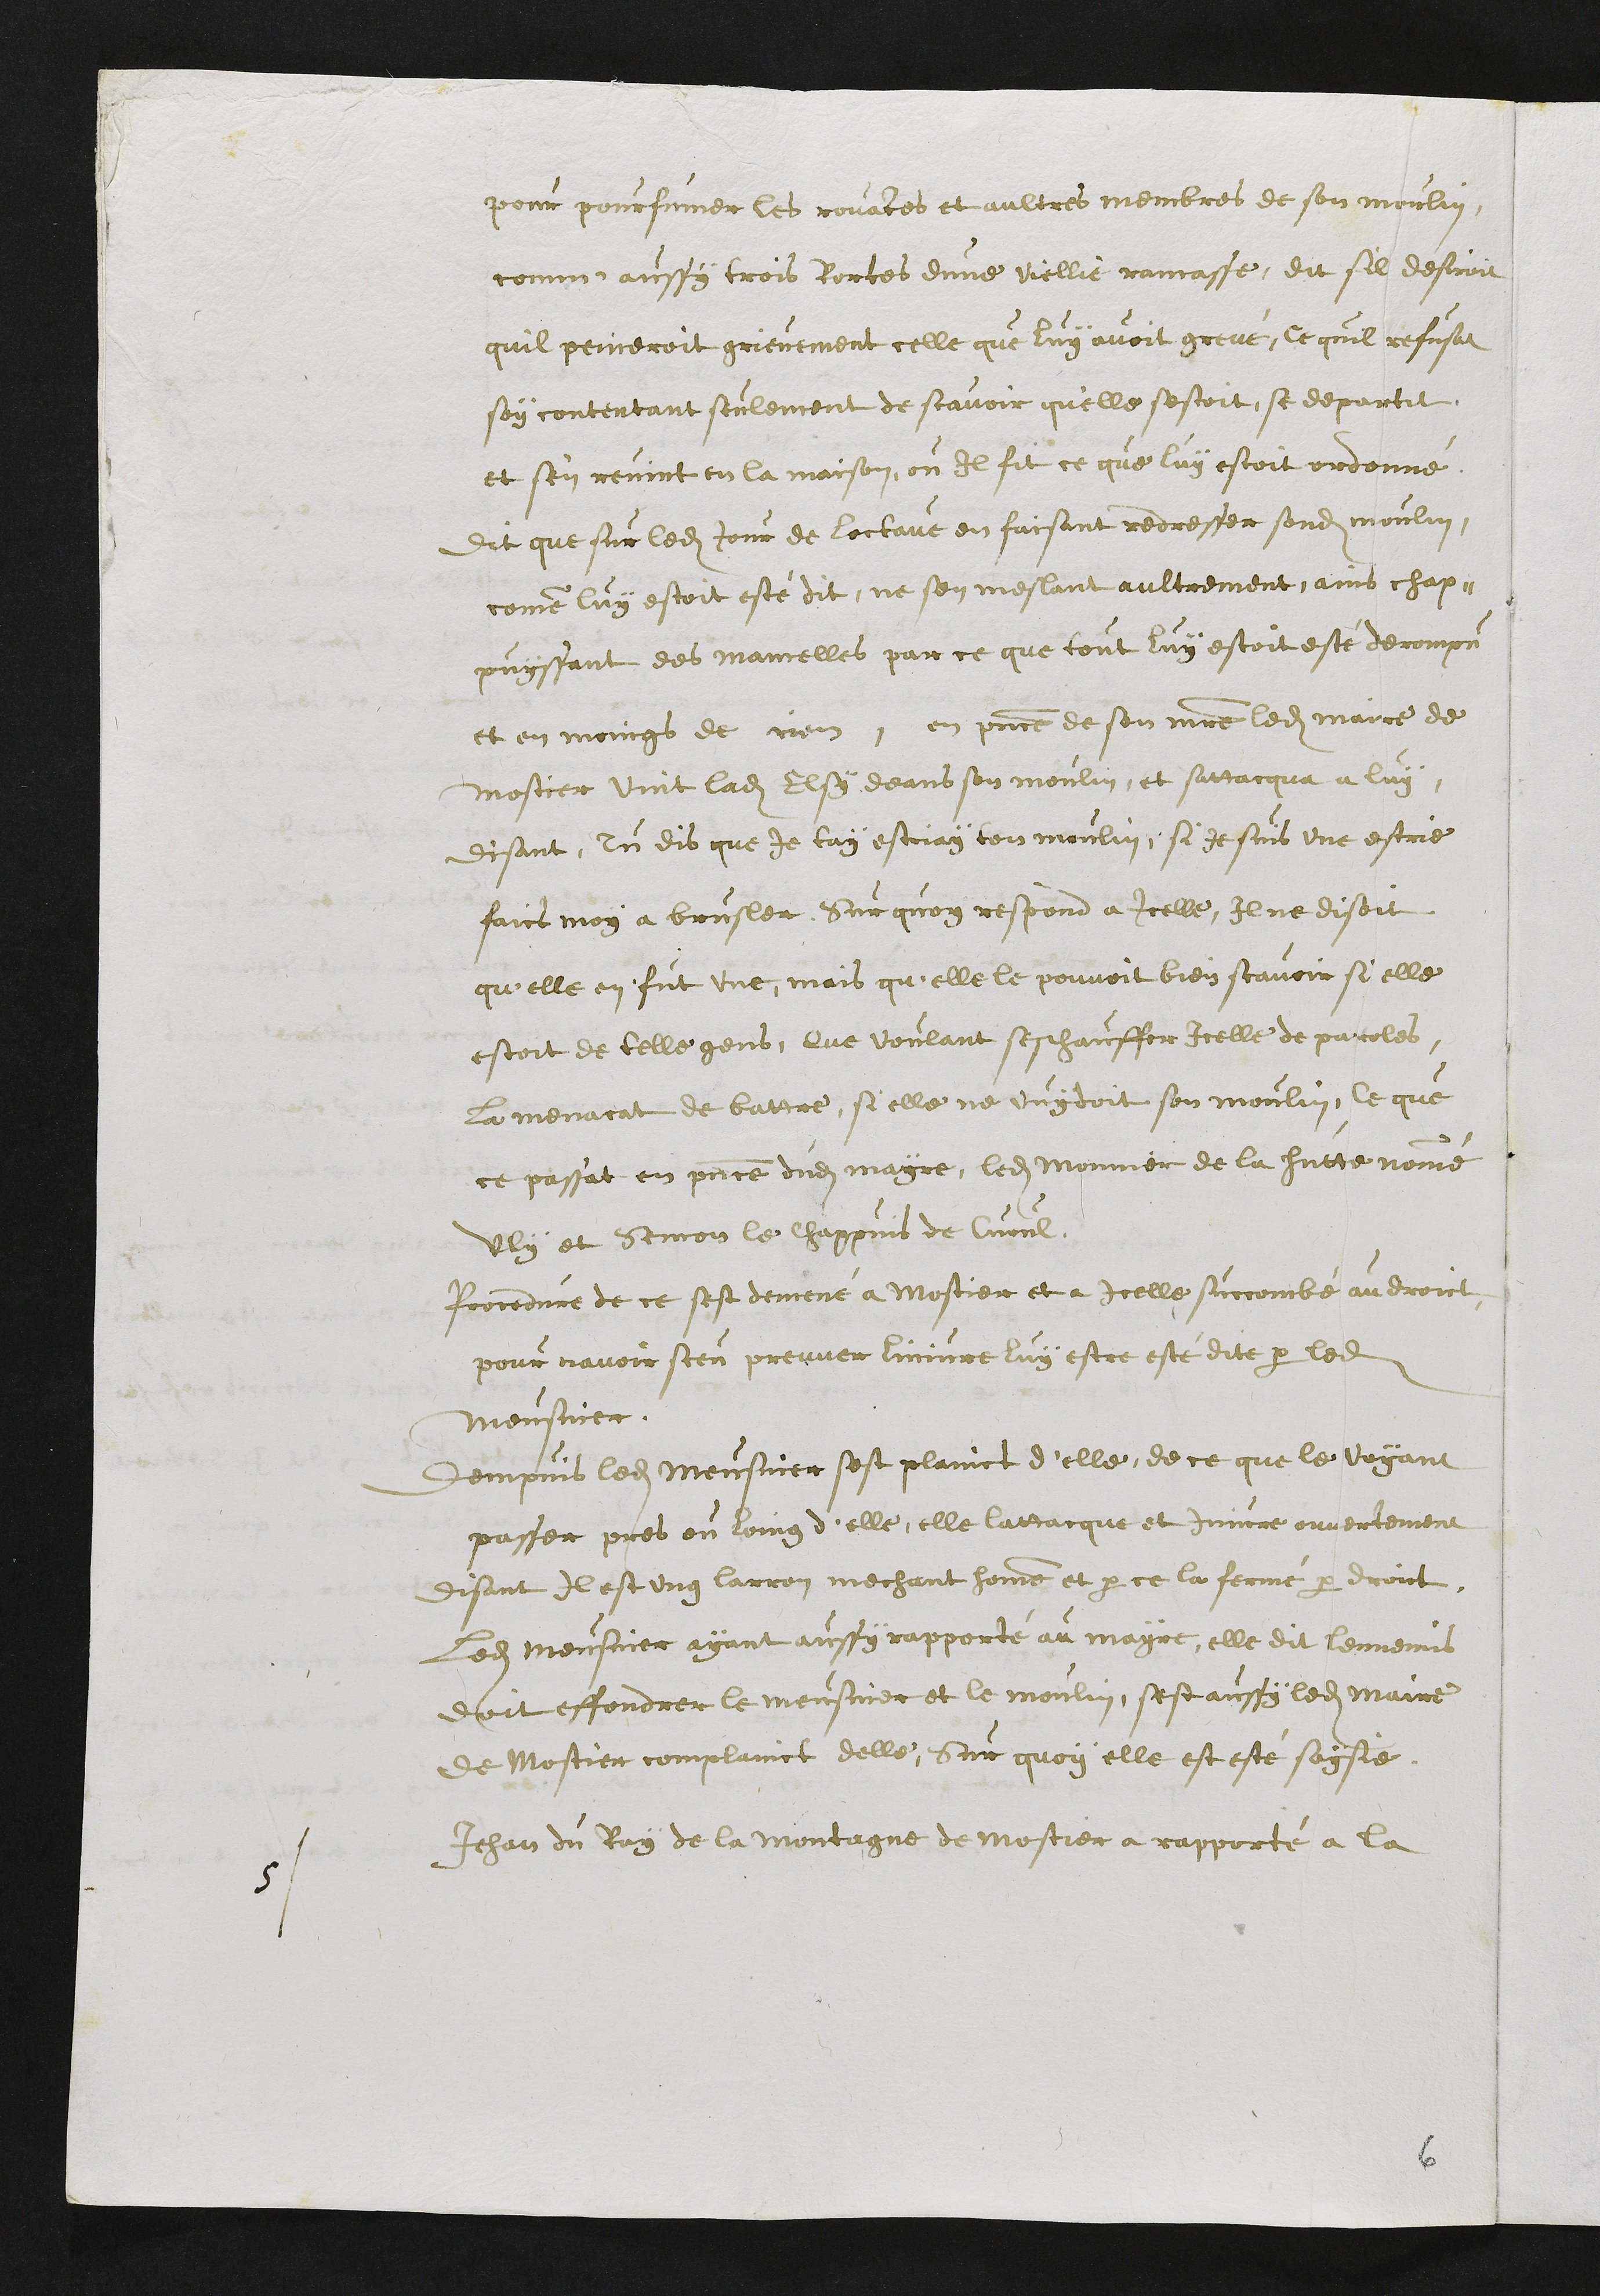
pour pourfumer les rouates et aultres membres de son moulin
comme aussy trois Rortes dune viellie ramasse, dit sil desiroit
quil peineroit grievement celle que luy avoit grevé, ce quil refusat
soy contentant seulement de scavoir quelle sestoit, se departit,
et s'en revint en la maison, ou Il fit ce que luy estoit ordonné.
Dit que sur ledit Jour de loctave en faisant redresser sondit moulin,
comme luy estoit esté dit, ne sen meslant aultrement, ains chap¬
puyssant des mancelles par ce que tout luy estoit esté de derompu
et en moings de rien, en presence de son maitre ledit Maire de
Mostier vint ladite Elsy deans son moulin, et sattacqua a luy,
disant, Tu dis que je tay estriay ton moulin, si je suis une estrie
faics moy a brusler. Sur quoy respond a icelle, Il ne disoit
qu'elle en fut une, mais qu'elle le pouvoit bien scavoir si elle
estoit de telle gens, Que voulant seschauffer icelle de paroles,
la menacat de battre, si elle ne vuydoit son moulin, ce que
ce passat en presence dudit mayre, ledit Monnier de la Hutte nommé
Uly et Semon le chappuis de Curul.
Procedure de ce sest demené a Mostier et a icelle succombé au droict
pour navoir sceu preuver linjure luy estre esté dite par ledit
meusnier.
Dempuis ledit Meusnier sest plainct d'elle, de ce que le voyant
passer pres ou loing d'elle, elle lattacque et injure ouvertement
disant Il est ung larron mechant homme et par ce la fermé par droit.
Ledit Meusnier ayant aussi rapporté au mayre, elle dit lennemis
doit effondrer le meusnier et le moulin, sest aussy ledit Maire
de Mostier complainct delle. Sur quoy elle est esté saysie.
5
Jehan du Ray de la Montagne de Mostier a rapporté a la

6